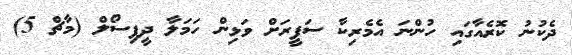
ދެކުނު ކޮރެއާގައި ހުންނަ އެމެރިކާ ސަފީރަށް ވަޅިން ހަމަލާ ދީފިސޯލް (މާޗް 5)